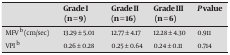
|  | Grade I (n = 9) | Grade II (n = 16) | Grade III (n = 6) | Pvalue |
 | --- | --- | --- | --- | --- |
 | MFV b (cm/sec) | 13.29 ± 5.01 | 12.77 ± 4.17 | 12.28 ± 4.30 | 0.911 |
 | VPI b | 0.26 ± 0.28 | 0.25 ± 0.64 | 0.24 ± 0.11 | 0.714 |